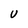
Character: U